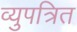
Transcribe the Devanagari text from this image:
व्युपत्रित